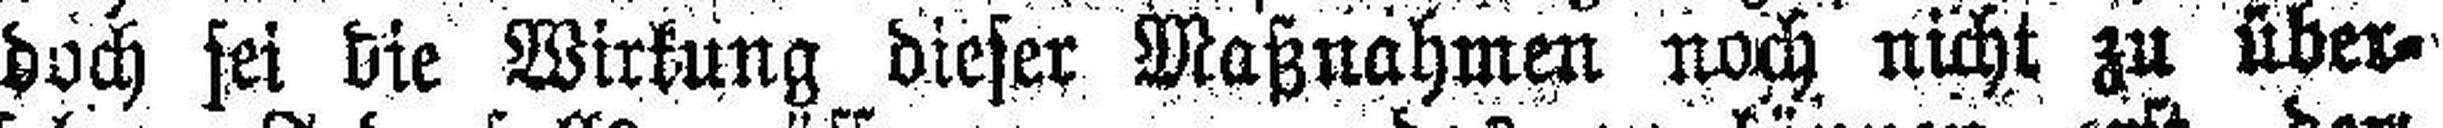
doch sei die Wirkung dieser Maßnahmen noch nicht zu über¬